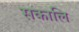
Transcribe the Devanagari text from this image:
सकालि